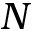
N